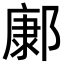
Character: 𨝎